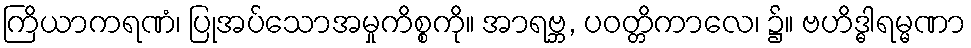
ကြိယာကရဏံ၊ ပြုအပ်သောအမှုကိစ္စကို။ အာရဗ္ဘ, ပဝတ္တိကာလေ၊ ၌။ ဗဟိဒ္ဓါရမ္မဏာ